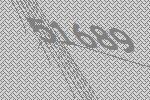
51689